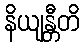
နိယျန္တီတိ